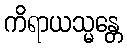
ကိရာယသ္မန္တေ